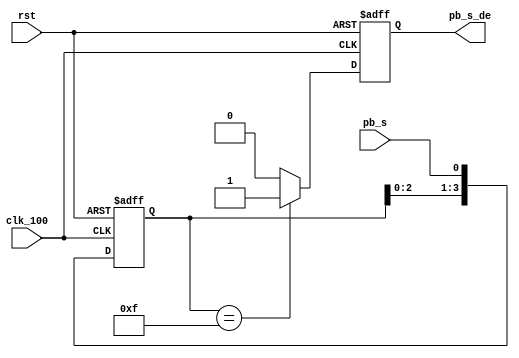
`timescale 1ns / 1ps
//////////////////////////////////////////////////////////////////////////////////
// Company: 
// Engineer: 
// 
// Design Name: 
// Module Name: Debounce
// Project Name: 
// Target Devices: 
// Tool Versions: 
// Description: 
// 
// Dependencies: 
// 
// Revision:
// Revision 0.01 - File Created
// Additional Comments:
// 
//////////////////////////////////////////////////////////////////////////////////


module debounce_s(
     clk_100,
     rst,
     pb_s,
     //pb_f,
     pb_s_de
//pb_f_de
    );
    input clk_100;
    input rst;
    input pb_s;
   // input pb_f;
    output reg pb_s_de;
   // output reg pb_f_de;
    
    reg [3:0] debounce_window_s;
   // reg [3:0] debounce_window_f;
    reg pb_s_de_next;
  //  reg pb_f_de_next;  
    
    initial begin
        debounce_window_s = 4'b0000;
        pb_s_de = 1'b0;
    //    debounce_window_f = 4'b0000;
   //     pb_f_de = 1'b0;
    end
    
    always@( posedge clk_100 or posedge rst)
        if(rst)
        begin
            debounce_window_s <= 4'b0000;
     //       debounce_window_f <= 4'b0000;
        end
        else
        begin
            debounce_window_s <= {debounce_window_s[2:0],pb_s};
     //       debounce_window_f <= {debounce_window_f[2:0],pb_f};
        end 
            
    always@*//s
        if(debounce_window_s == 4'b1111)
            pb_s_de_next <= 1'b1;
        else
            pb_s_de_next <= 1'b0;
     
   /*  always@/f
        if(debounce_window_f == 4'b1111)
            pb_f_de_next <= 1'b1;
        else
            pb_f_de_next <= 1'b0;
         */
     always@( posedge clk_100 or posedge rst)
        if(rst)
        begin
            pb_s_de <= 1'b0;
           // pb_f_de <= 1'b0;
        end
        else
        begin
            pb_s_de <= pb_s_de_next;
          //  pb_f_de <= pb_f_de_next;
        end

endmodule